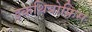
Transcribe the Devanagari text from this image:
इकथियोफ़िस